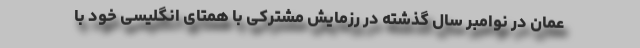
عمان در نوامبر سال گذشته در رزمایش مشترکی با همتای انگلیسی خود با